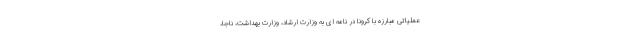
عملیاتی مبارزه با کرونا در نامه ای به وزارت ارشاد، وزارت بهداشت، ناجا،